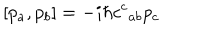
\left[ p _ { a } , p _ { b } \right] = - i \hbar c ^ { c } { } _ { a b } p _ { c }